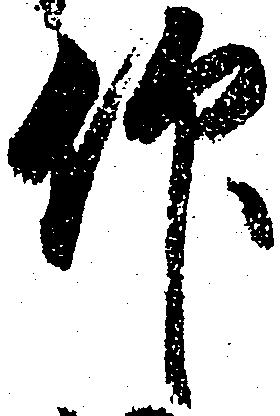
仰